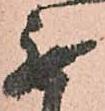
無